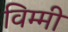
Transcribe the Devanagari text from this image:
विम्मी